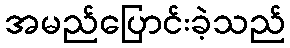
အမည်ပြောင်းခဲ့သည်